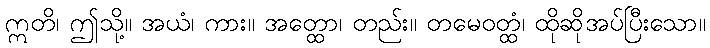
ဣတိ၊ ဤသို့။ အယံ၊ ကား။ အတ္ထော၊ တည်း။ တမေဝတ္ထံ၊ ထိုဆိုအပ်ပြီးသော။